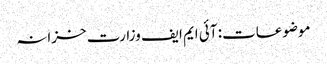
موضوعات: آئی ایم ایف وزارت خزانہ